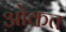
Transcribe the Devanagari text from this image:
ओकत